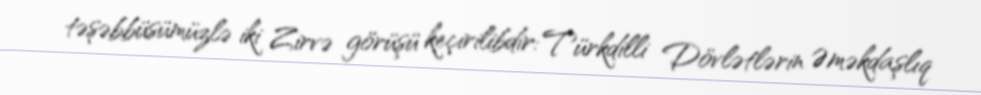
təşəbbüsümüzlə iki Zirvə görüşü keçirilibdir: Türkdilli Dövlətlərin Əməkdaşlıq